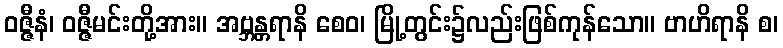
ဝဇ္ဇီနံ၊ ဝဇ္ဇီမင်းတို့အား။ အဗ္ဘန္တရာနိ စေဝ၊ မြို့တွင်း၌လည်းဖြစ်ကုန်သော။ ဗာဟိရာနိ စ၊